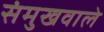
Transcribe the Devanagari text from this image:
संमुखवाले